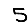
Digit: 5